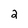
Character: 2